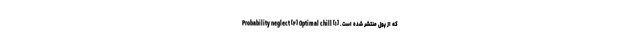
که از پول منتشر شده است. [۱] Probability neglect [۲] Optimal chill